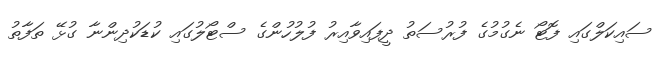
ސައިކަލްގައި ފޮޓޯ ނެގުމުގެ ފުރުސަތު ދީފައިވާއިރު ފުލުހުންގެ ސްޓޯލުގައި ކުޑަކުދިންނާ ގުޅޭ ތަފާތު